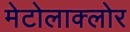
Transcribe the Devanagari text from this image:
मेटोलाक्‍लोर